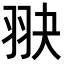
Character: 𦐍